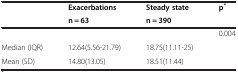
<table><thead><tr><td></td><td><b>Exacerbations</b></td><td><b>Steady state</b></td><td><b>p<sup>*</sup></b></td></tr><tr><td></td><td><b>n = 63</b></td><td><b>n = 390</b></td><td></td></tr></thead><tbody><tr><td></td><td></td><td></td><td>0.004</td></tr><tr><td>Median (IQR)</td><td>12.64(5.56-21.79)</td><td>18.75(11.11-25)</td><td></td></tr><tr><td>Mean (SD)</td><td>14.80(13.05)</td><td>18.51(11.44)</td><td></td></tr></tbody></table>